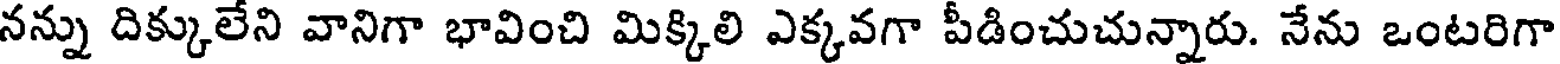
నన్ను దిక్కులేని వానిగా భావించి మిక్కిలి ఎక్కవగా పీడించుచున్నారు. నేను ఒంటరిగా